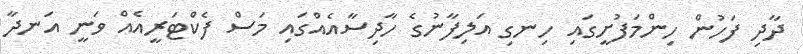
ދާދި ފަހުން ހިންމަފުށީގައި ހިނގި އަލިފާނުގެ ހާދިސާއެއްގައި މަސް ފެކްޓަރީއެއް ވަނީ އަނދާ